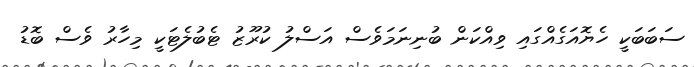
ސަބަބަކީ ހެޔޮއަގެއްގައި ވިއްކަން ބުނިނަމަވެސް އަސްލު ކުރޫޒު ޓެބުލެޓަކީ މިހާރު ވެސް ބޮޑު